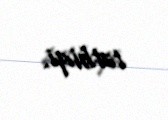
tətbiqi.